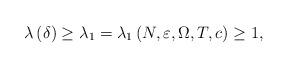
LaTeX: \begin{align*}\lambda \left( \delta \right) \geq \lambda _{1}=\lambda _{1}\left(N,\varepsilon ,\Omega ,T,c\right) \geq 1, \end{align*}